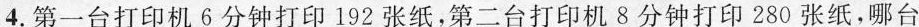
4.第一台打印机6分钟打印192张纸，第二台打印机8分钟打印280张纸，哪台